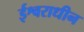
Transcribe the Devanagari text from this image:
ईश्वराधीन